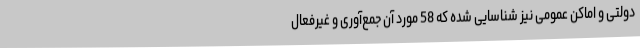
دولتی و اماکن عمومی نیز شناسایی شده که 58 مورد آن جمع‌آوری و غیرفعال